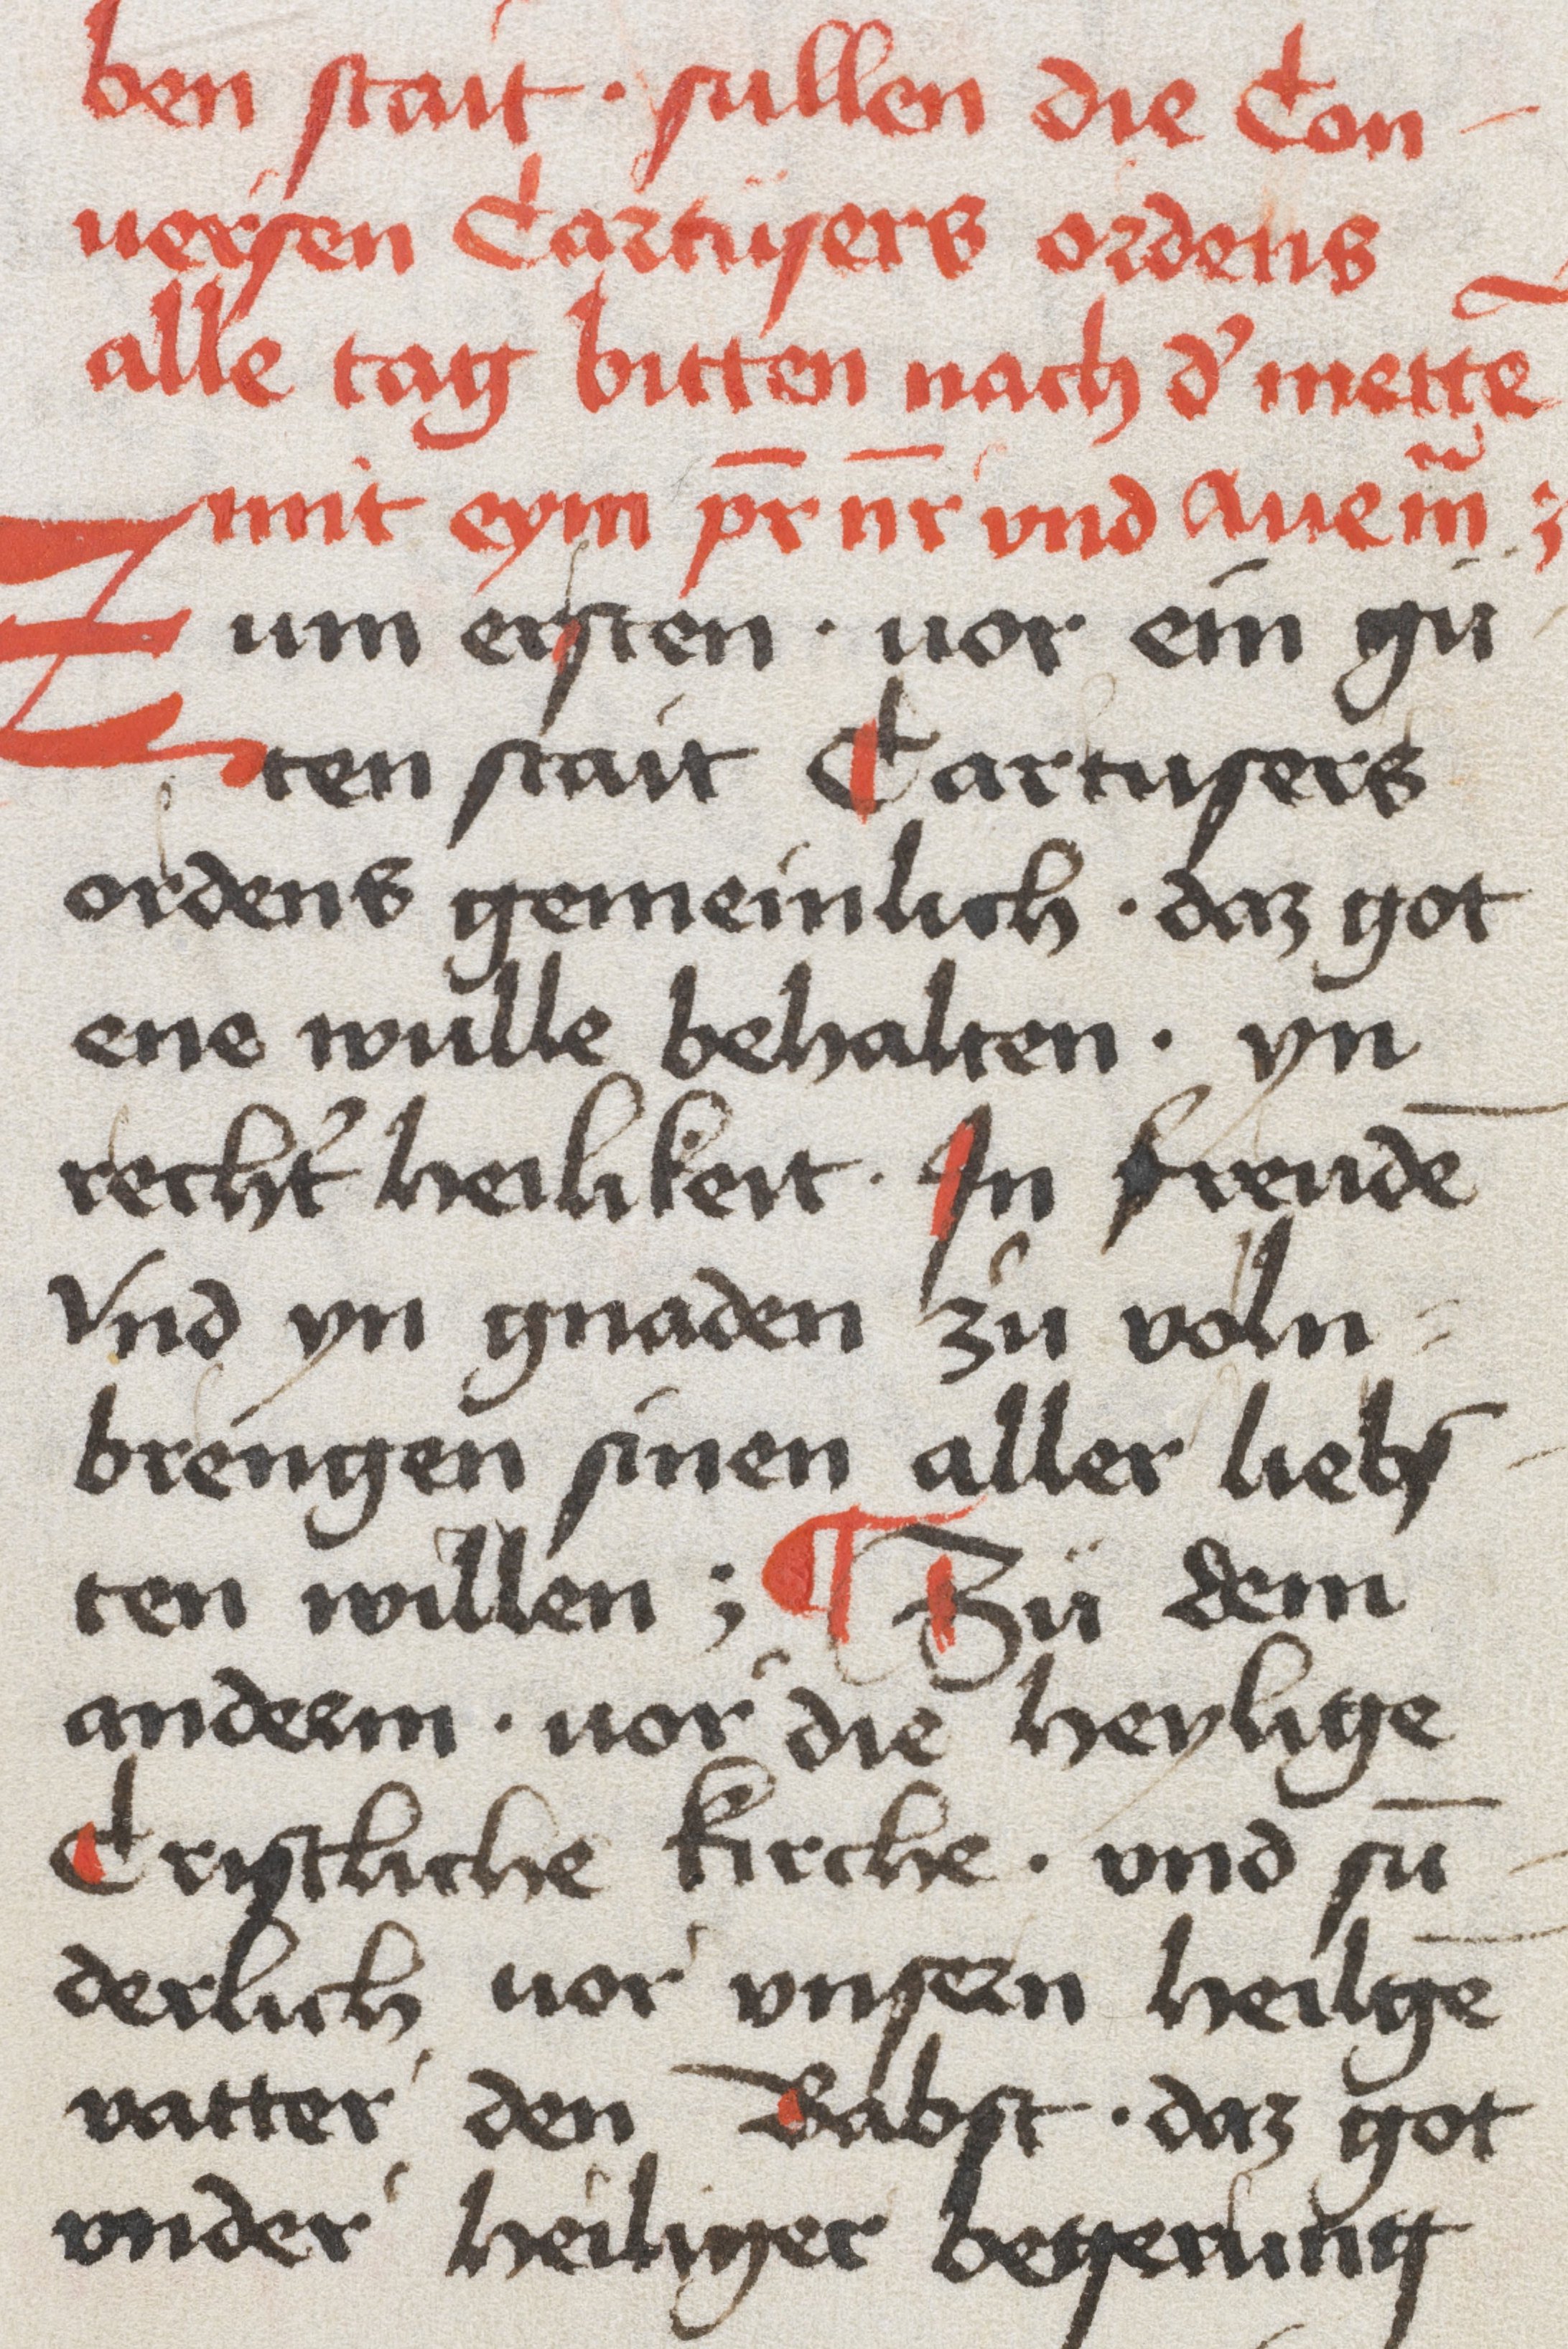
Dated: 1350–1499